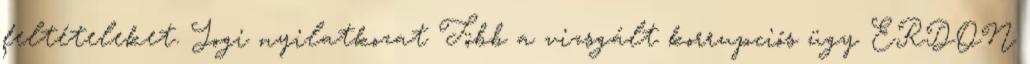
feltételeket. Jogi nyilatkozat Több a vizsgált korrupciós ügy ERDON